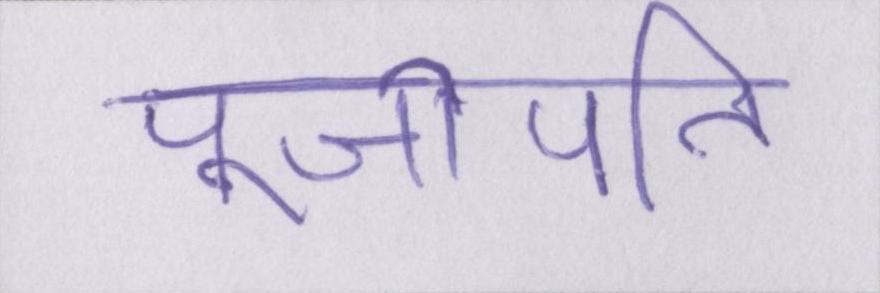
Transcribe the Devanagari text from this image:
पूजीपति